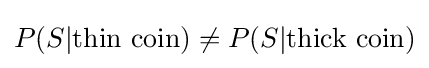
P(S|{\text{thin coin}})\neq P(S|{\text{thick coin}})